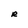
Character: R